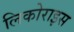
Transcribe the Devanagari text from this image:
लिकोराइस